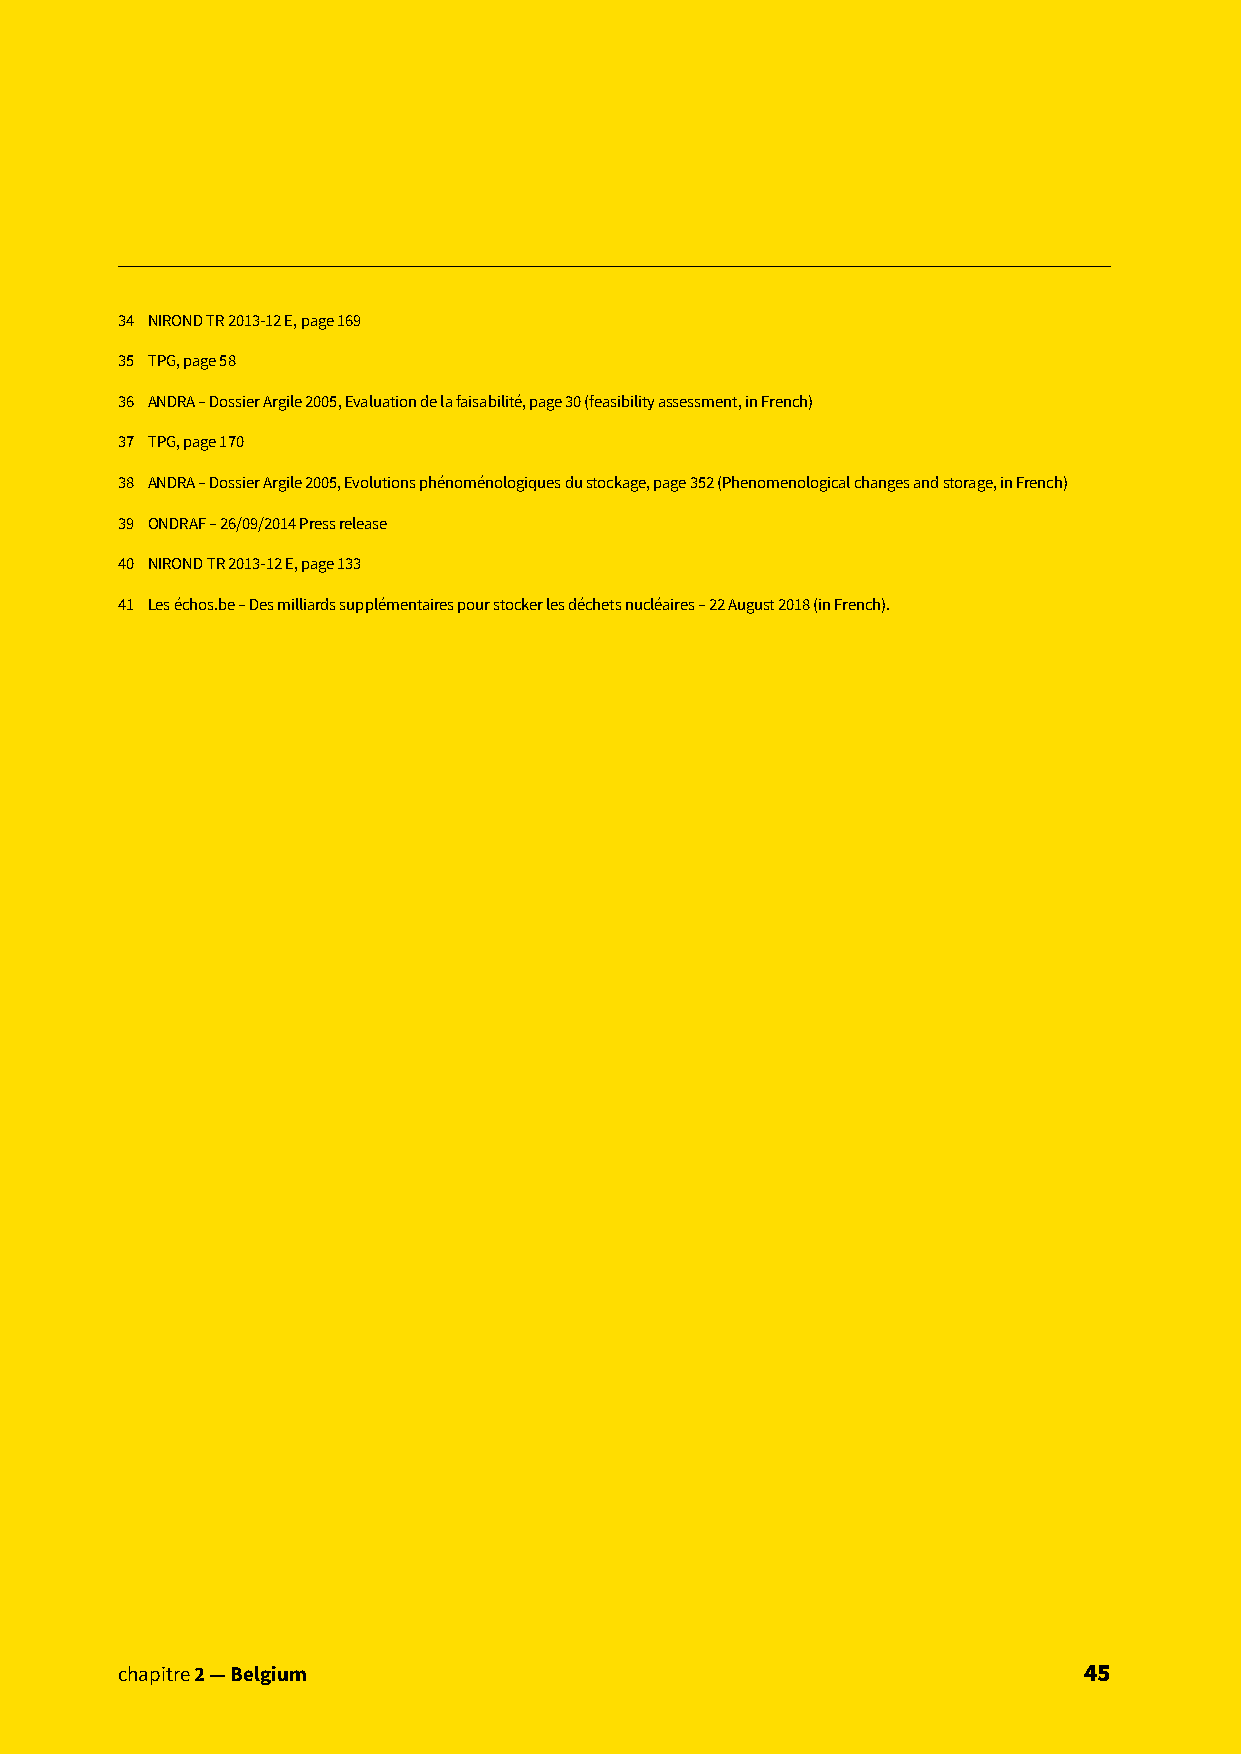
34 NIROND TR 2013-12 E, page 169
 35 TPG, page 58
 36 ANDRA – Dossier Argile 2005, Evaluation de la faisabilité, page 30 (feasibility assessment, in French)
 37 TPG, page 170
 38 ANDRA – Dossier Argile 2005, Evolutions phénoménologiques du stockage, page 352 (Phenomenological changes and storage, in French)
 39 ONDRAF – 26/09/2014 Press release
 40 NIROND TR 2013-12 E, page 133
 41 Les échos.be – Des milliards supplémentaires pour stocker les déchets nucléaires – 22 August 2018 (in French).
 cchhaappiittrree 32 —— FBrealngicuem                            4455